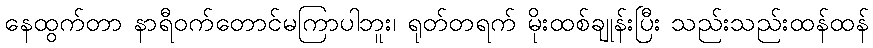
နေထွက်တာ နာရီဝက်တောင်မကြာပါဘူး၊ ရုတ်တရက် မိုးထစ်ချုန်းပြီး သည်းသည်းထန်ထန်